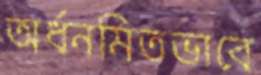
অর্ধনমিতভাবে